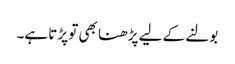
بولنے کے لیے پڑھنا بھی تو پڑتا ہے۔